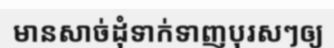
មានសាច់ដុំទាក់ទាញបុរសៗឲ្យ